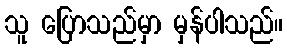
သူ ပြောသည်မှာ မှန်ပါသည်။